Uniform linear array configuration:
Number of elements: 16
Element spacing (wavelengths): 0.25
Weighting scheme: hamming
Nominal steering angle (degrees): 15
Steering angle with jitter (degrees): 13.044
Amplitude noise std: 0.05
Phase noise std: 0.05

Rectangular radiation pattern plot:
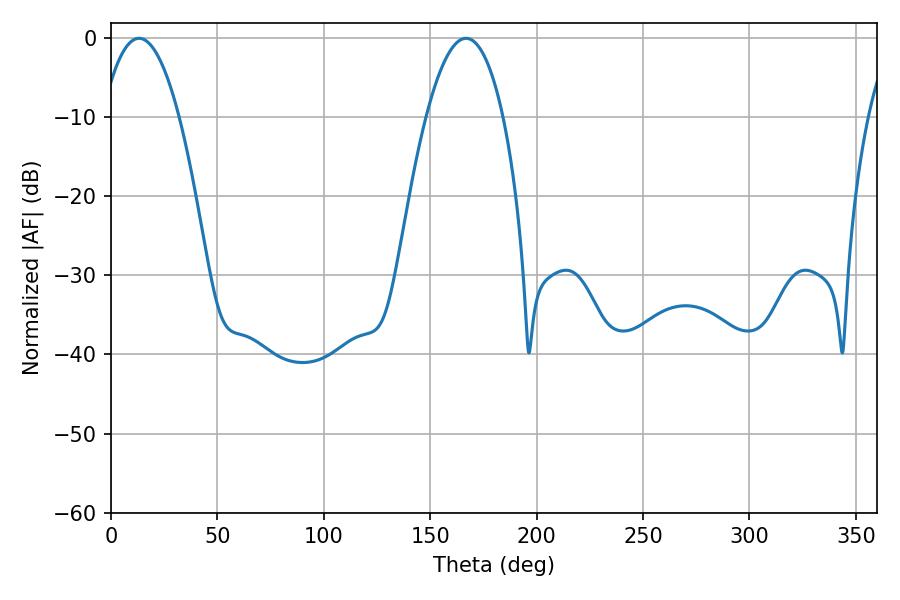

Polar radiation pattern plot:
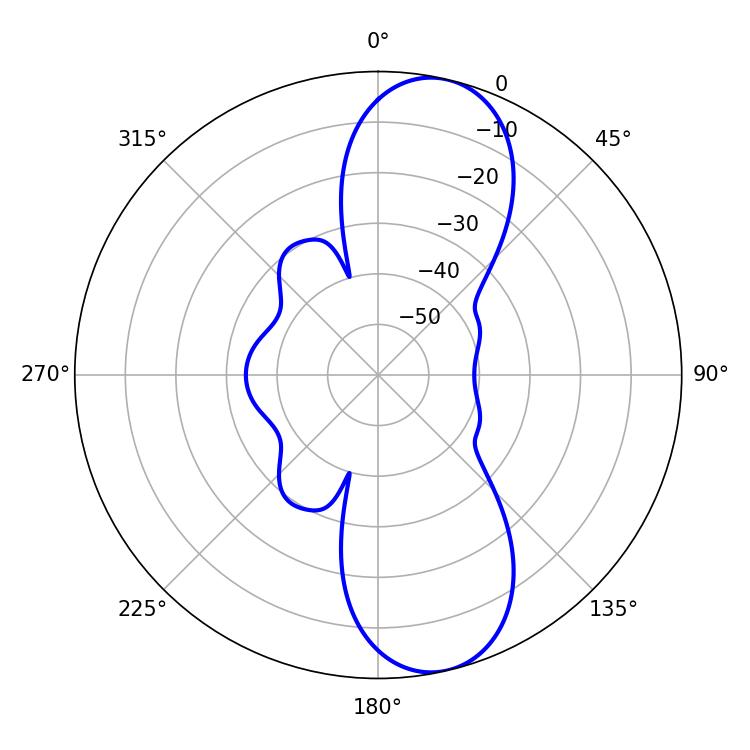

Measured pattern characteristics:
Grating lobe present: FALSE
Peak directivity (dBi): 10.622
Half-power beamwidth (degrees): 19.98
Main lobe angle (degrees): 13.14